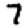
Digit: 7